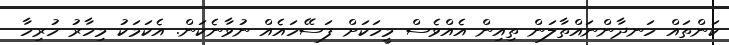
ކަންތައް ހަނދާންނައްތާލަން ތިއިން އެއްވެސް މީހަކަށް ފަސޭހައެއް ނުވާނެކަން. އެކަމަކު މިހާރު ހުރިހާ